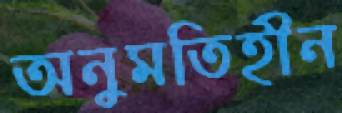
অনুমতিহীন